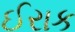
ઈરાક